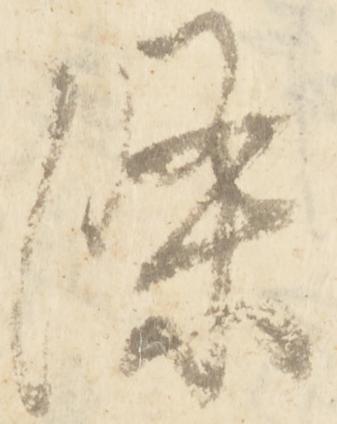
条